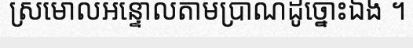
ស្រមោលអន្ទោលតាមប្រាណដូច្នោះឯង ។